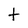
Character: t